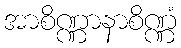
အာစိဏ္ဏာနာစိဏ္ဏံ